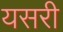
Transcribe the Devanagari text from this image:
यसरी